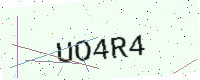
Text: UO4R4